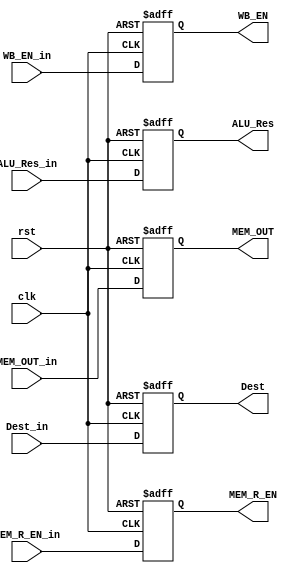
module MA_Stage_Reg #(
    parameter DATA_LEN = 32,
    parameter ADDRESS_LEN = 32,
    parameter ADDRESS_LEN_REG_FILE = 4
) (
    input  wire                                   clk, rst,
    input  wire                                   WB_EN_in, MEM_R_EN_in, 
    input  wire  [DATA_LEN - 1 : 0]               ALU_Res_in,
    input  wire  [DATA_LEN - 1 : 0]               MEM_OUT_in,
    input  wire  [ADDRESS_LEN_REG_FILE - 1 : 0]   Dest_in,
    output reg                                    WB_EN, MEM_R_EN,
    output reg   [DATA_LEN - 1 : 0]               ALU_Res,
    output reg   [DATA_LEN - 1 : 0]               MEM_OUT,
    output reg   [ADDRESS_LEN_REG_FILE - 1 : 0]   Dest   
);

    always @(posedge clk or negedge rst) begin
        if(~rst) begin
            WB_EN <= 1'b0;
            MEM_R_EN <= 1'b0;
            ALU_Res <= 32'b0;
            MEM_OUT <= 32'b0;
            Dest <= 4'b0;
            
        end
        else begin
            WB_EN <= WB_EN_in;
            MEM_R_EN <= MEM_R_EN_in;
            ALU_Res <= ALU_Res_in;
            MEM_OUT <= MEM_OUT_in;
            Dest <= Dest_in;
        end   
    end


    
endmodule